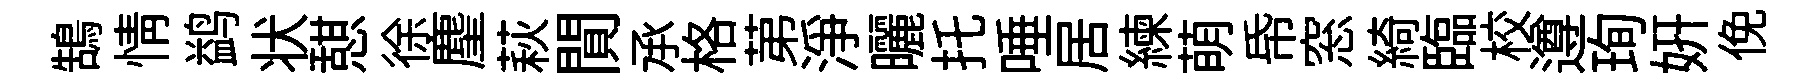
鵠情鹢状憇徐麈萩閴𠄘格苐浄曬托唾居練萌帋窓綺臨校遵珣妍俛